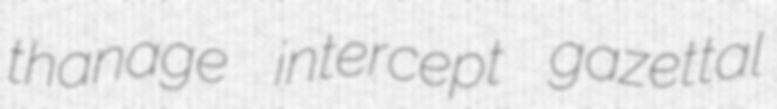
thanage intercept gazettal